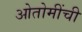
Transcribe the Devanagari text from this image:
ओतोमींची